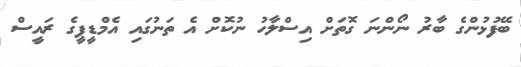
ބޭފުޅުންގެ ބާރު ނޯންނަ ގޮތަށް އިސްލާހު ނުކޮށް އެ ތަނުގައި އެމްޑީޕީގެ ރައީސް